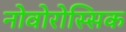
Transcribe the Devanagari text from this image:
नोवोरोस्सिक